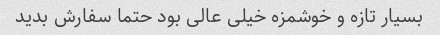
بسیار تازه و خوشمزه خیلی عالی بود حتما سفارش بدید